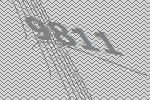
9811